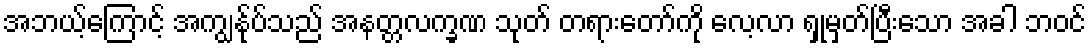
အဘယ့်ကြောင့် အကျွန်ုပ်သည် အနတ္တလက္ခဏ သုတ် တရားတော်ကို လေ့လာ ရှုမှတ်ပြီးသော အခါ ဘဝင်